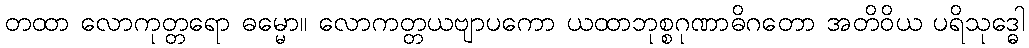
တထာ လောကုတ္တရော ဓမ္မော။ လောကတ္တယဗျာပကော ယထာဘုစ္စဂုဏာဓိဂတော အတိဝိယ ပရိသုဒ္ဓေါ